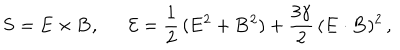
{ \bf S } = { \bf E } \times { \bf B } , \, \ \ \, \ \ \, { \cal { E } } = \frac { 1 } { 2 } \, ( { \bf E } ^ { 2 } + { \bf B } ^ { 2 } ) + \frac { 3 \gamma } { 2 } \, ( { \bf E } \cdot { \bf B } ) ^ { 2 } \, ,